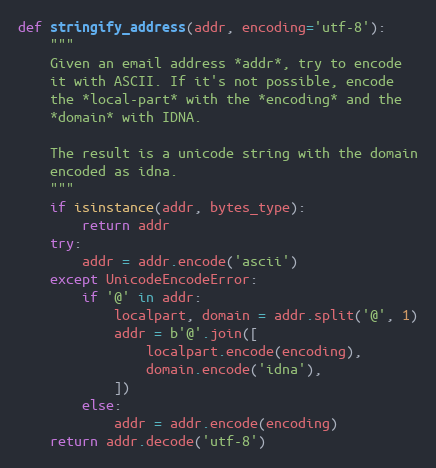
Language: Python
def stringify_address(addr, encoding='utf-8'):
    """
    Given an email address *addr*, try to encode
    it with ASCII. If it's not possible, encode
    the *local-part* with the *encoding* and the
    *domain* with IDNA.

    The result is a unicode string with the domain
    encoded as idna.
    """
    if isinstance(addr, bytes_type):
        return addr
    try:
        addr = addr.encode('ascii')
    except UnicodeEncodeError:
        if '@' in addr:
            localpart, domain = addr.split('@', 1)
            addr = b'@'.join([
                localpart.encode(encoding),
                domain.encode('idna'),
            ])
        else:
            addr = addr.encode(encoding)
    return addr.decode('utf-8')